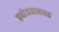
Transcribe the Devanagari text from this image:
प्रयोजनाबाबत